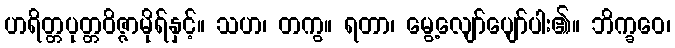
ဟရိတ္တပုတ္တဝိဇ္ဇာမိုရ်နှင့်။ သဟ၊ တကွ။ ရတာ၊ မွေ့လျော်ပျော်ပါး၏။ ဘိက္ခဝေ၊